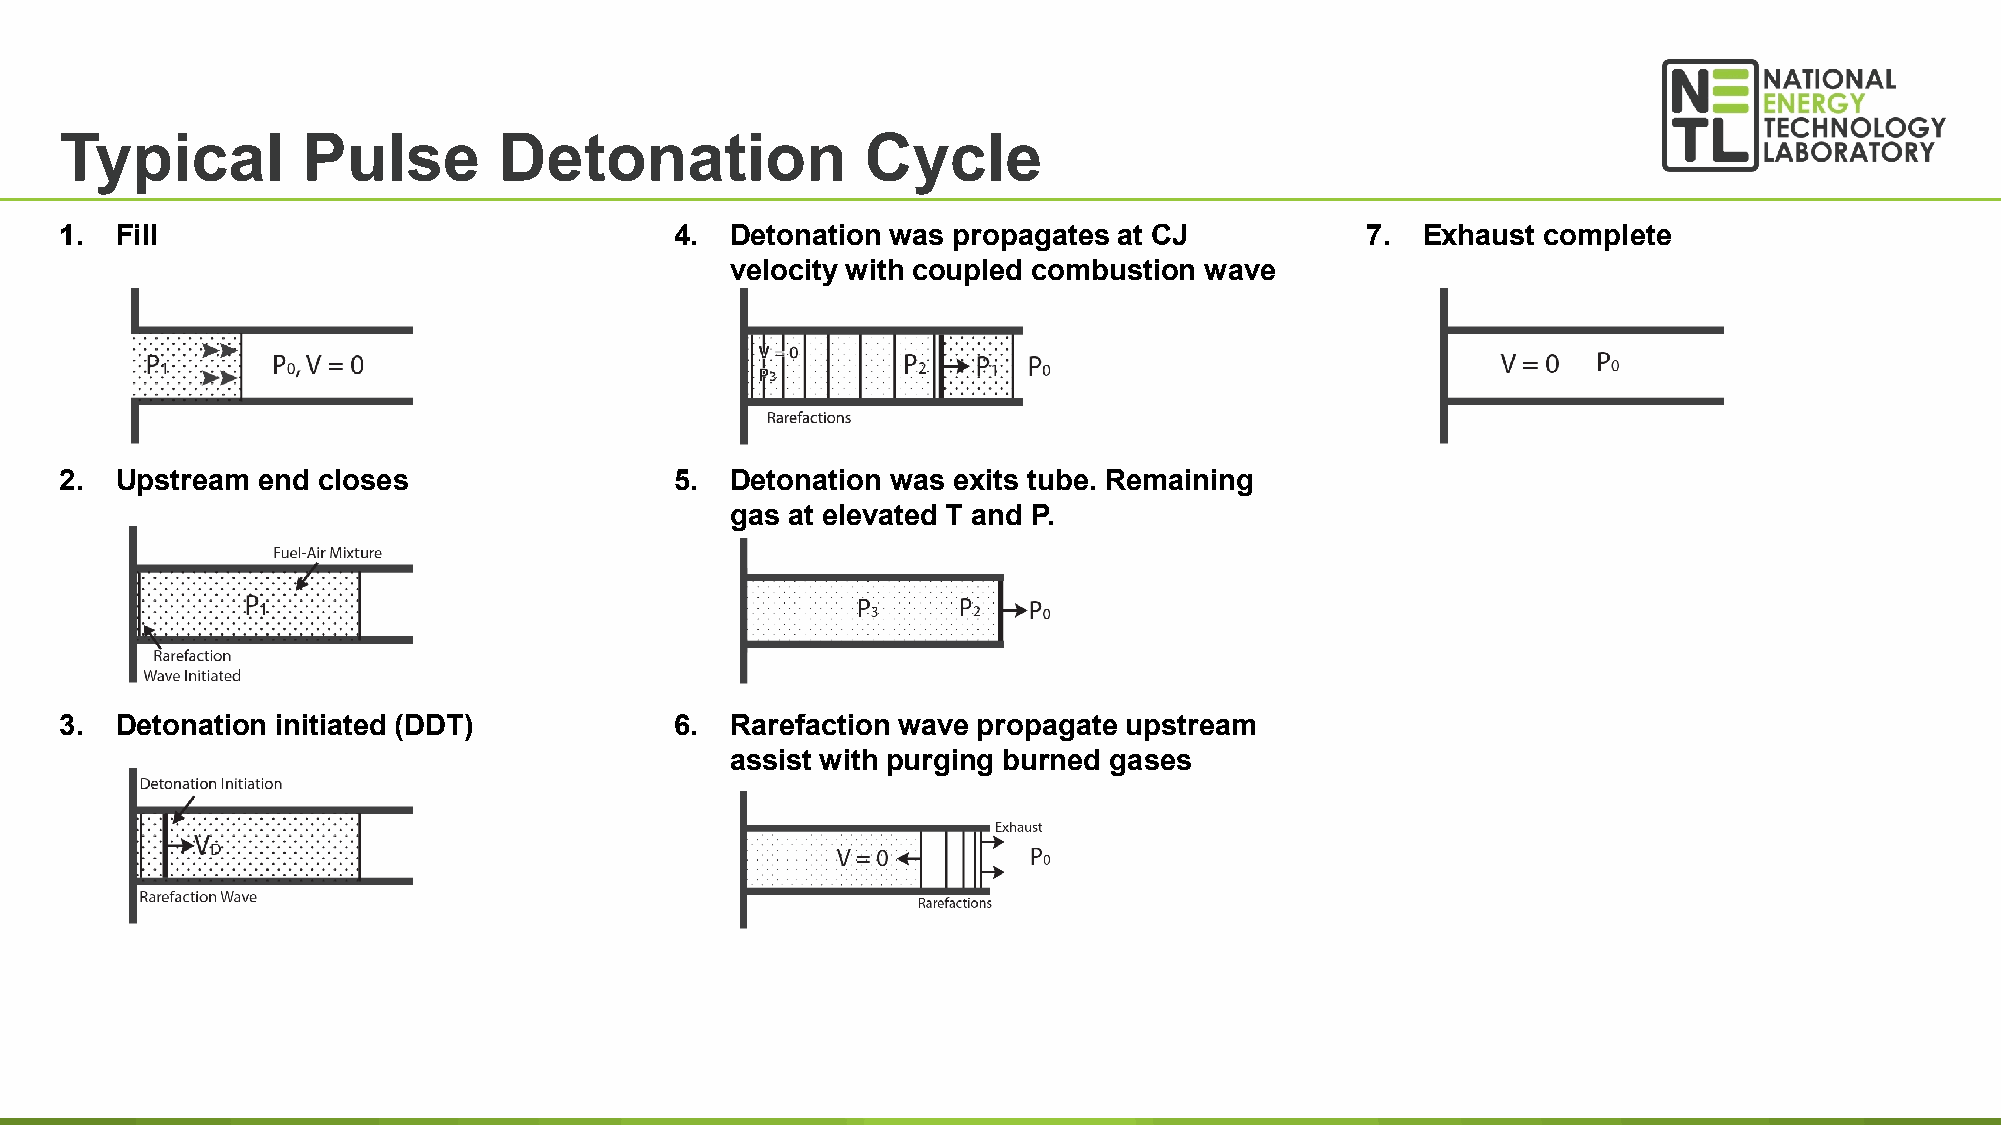
Typical         Pulse        Detonation              Cycle
 1.  Fill                                 4. Detonation was propagates at CJ           7.  Exhaust complete
 velocity with coupled combustion wave
 2.  Upstream end closes                  5. Detonation was exits tube. Remaining
 gas at elevated T and P.
 3.  Detonation initiated (DDT)           6. Rarefaction wave propagate upstream
 assist with purging burned gases
 23